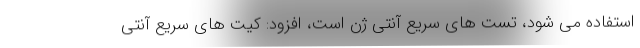
استفاده می شود، تست های سریع آنتی ژن است، افزود: کیت های سریع آنتی